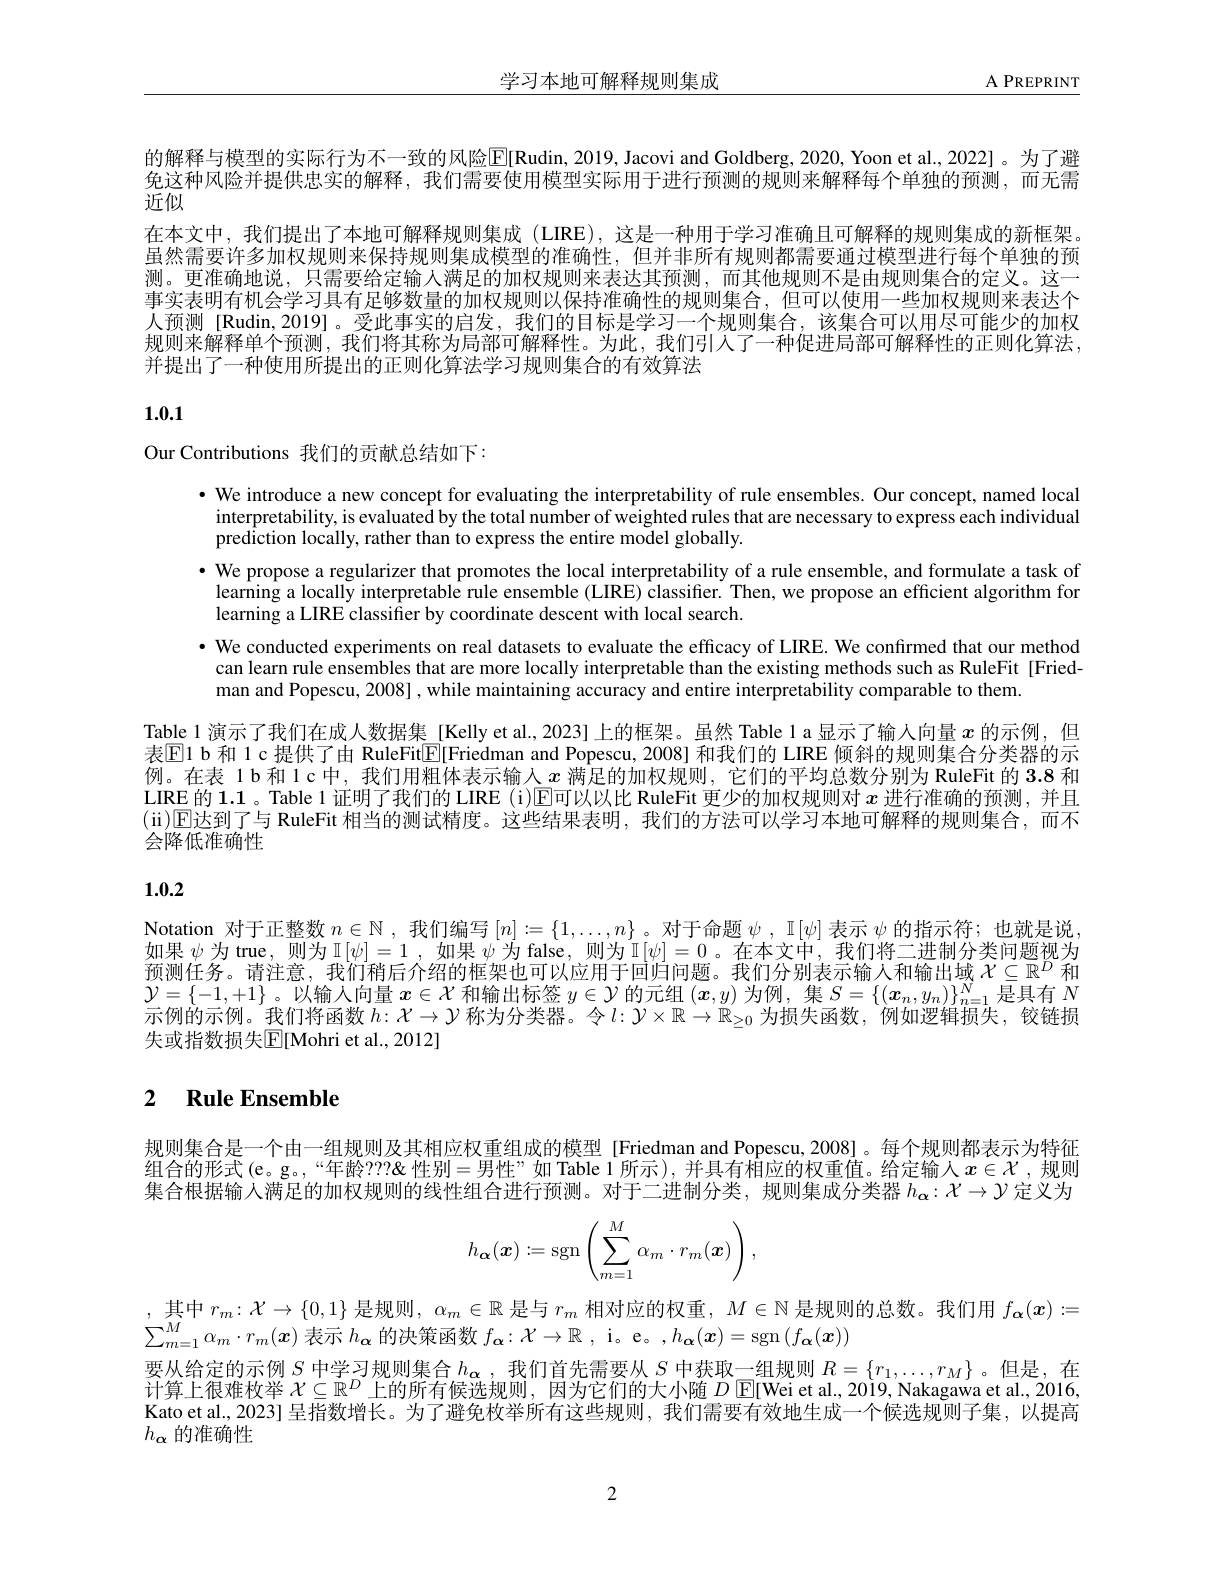
学习本地可解释规则集成

$\underline{A\:PREPRINT}$

的解释与模型的实际行为不一致的风险$\mathbb{E}[\mathbb{R}$udin, 2019, Jacovi and Goldberg, 2020, Yoon et al., 2022]。为了避免这种风险并提供忠实的解释，我们需要使用模型实际用于进行预测的规则来解释每个单独的预测，而无需近似
在本文中，我们提出了本地可解释规则集成(LIRE),这是一种用于学习准确且可解释的规则集成的新框架。虽然需要许多加权规则来保持规则集成模型的准确性，但并非所有规则都需要通过模型进行每个单独的预测。更准确地说，只需要给定输入满足的加权规则来表达其预测，而其他规则不是由规则集合的定义。这一事实表明有机会学习具有足够数量的加权规则以保持准确性的规则集合，但可以使用一些加权规则来表达个人预测 [Rudin,2019]。受此事实的启发，我们的目标是学习一个规则集合，该集合可以用尽可能少的加权规则来解释单个预测，我们将其称为局部可解释性。为此，我们引入了一种促进局部可解释性的正则化算法， 并提出了一种使用所提出的正则化算法学习规则集合的有效算法

1.0.1

Our Contributions 我们的贡献总结如下：

$\bullet$ We introduce a new concept for evaluating the interpretability of rule ensembles. Our concept, named local
interpretability, is evaluated by the total number of weighted rules that are necessary to express each individual
prediction locally, rather than to express the entire model globally.
$\bullet$ We propose a regularizer that promotes the local interpretability of a rule ensemble, and formulate a task of learning a locally interpretable rule ensemble (LIRE) classifier. Then, we propose an efficient algorithm for learning a LIRE classifier by coordinate descent with local search.
$\bullet$ We conducted experiments on real datasets to evaluate the efficacy of LIRE. We confirmed that our method
can learn rule ensembles that are more locally interpretable than the existing methods such as RuleFit [Fried-
man and Popescu, 2008] , while maintaining accuracy and entire interpretability comparable to them.
Table 1 演示了我们在成人数据集 [Kelly et al., 2023] 上的框架。虽然 Table l a 显示了输人向量$x$的示例，但表$\mathbb{E}$l b 和 Ic 提供了由 RuleFit[E]Friedman and Popescu, 2008] 和我们的 LIRE 倾斜的规则集合分类器的示例。在表 1b和1c中，我们用粗体表示输人$x$满足的加权规则，它们的平均总数分别为 RuleFit 的3.8和LIRE 的1.1。Table 1 证明了我们的 LIRE (i)$\overline{\text{E可以以比 RuleFit 更少的加权规则对 }x}$进行准确的预测，并且(ii)$\operatorname{E}$达到了与 RuleFit 相当的测试精度。这些结果表明，我们的方法可以学习本地可解释的规则集合，而不会降低准确性

# 1.0.2

Notation 对于正整数$n\in\mathbb{N}$,我们编写$[n]:=\{1,\ldots,n\}$ 。对于命题$\psi,\mathbb{I}[\psi]$表示$\psi$的指示符；也就是说如果$\psi$为 true, 则为$\mathbb{I}[\psi]=1$ ,如果$\psi$为 false, 则为$\mathbb{I}[\psi]=0$ 。在本文中，我们将二进制分类问题视为预测任务。请注意，我们稍后介绍的框架也可以应用于回归问题。我们分别表示输入和输出域$\mathcal{X}\subseteq\mathbb{R}^D$和$\mathcal{Y}=\{-1,+1\}$。以输入向量$x\in\mathcal{X}$和输出标签$y\in\mathcal{Y}$的元组$(\boldsymbol{x},y)$为例，集$S=\{(\boldsymbol{x}_n,y_n)\}_n=1^{N}$是具有$N$ 示例的示例。我们将函数$h:\mathcal{X}\to\mathcal{Y}$称为分类器。令$l:\mathcal{Y}\times\mathbb{R}\to\mathbb{R}_{\geq0}$为损失函数，例如逻辑损失，铰链损失或指数损失$\mathbb{E}[$Mohri et al.,2012]

# 2 $\textbf{Rule Ensemble}$

规则集合是一个由一组规则及其相应权重组成的模型 [Friedman and Popescu,2008]。每个规则都表示为特征组合的形式(e。g。,“年龄？??&性别=男性”如 Table 1 所示),并具有相应的权重值。给定输人 $x\in\mathcal{X}$ ,规则集合根据输人满足的加权规则的线性组合进行预测。对于二进制分类，规则集成分类器$h_\alpha:\mathcal{X}\to\mathcal{Y}$定义为
$$h_{\boldsymbol\alpha}(\boldsymbol x):=\operatorname{sgn}\left(\sum_{m=1}^M\alpha_m\cdot r_m(\boldsymbol x)\right),$$
,其中$r_m:\mathcal{X}\to\{0,1\}$是规则$,~\alpha_m\in\mathbb{R}$是与$r_m$相对应的权重$,~M\in\mathbb{N}$是规则的总数。我们用$f_{\boldsymbol{\alpha}}(x):=$
$\sum_{m=1}^M\alpha_m\cdot r_m(x)$表示$h_\mathbf{\alpha}$的决策函数$f_\mathbf{\alpha}:\mathcal{X}\to\mathbb{R}$, i。e。$,h_\mathbf{\alpha}(\boldsymbol{x})=\operatorname{sgn}\left(f_{\mathbf{\alpha}}(\boldsymbol{x})\right)$
要从给定的示例$S$中学习规则集合$h_{\alpha}$ ,我们首先需要从$S$中获取一组规则$R=\{r_1,\ldots,r_M\}$。但是，在计算上很难枚举$\mathcal{X}\subseteq\mathbb{R}^D$上的所有候选规则，因为它们的大小随$D\operatorname{E[Wei~et~al.,~2019,~Nakagawa~et~al.,~2016}$ Kato et al., 2023] 呈指数增长。为了避免枚举所有这些规则，我们需要有效地生成一个候选规则子集，以提高$h_{\alpha}$的准确性

2